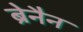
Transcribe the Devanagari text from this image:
ब्रेनैन